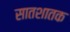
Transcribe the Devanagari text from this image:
सातशातक